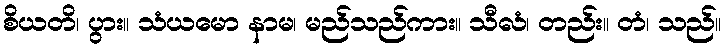
စိယတိ၊ ပွား။ သံယမော နာမ၊ မည်သည်ကား။ သီလံ၊ တည်း။ တံ၊ သည်။